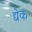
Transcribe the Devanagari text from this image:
द्येक